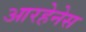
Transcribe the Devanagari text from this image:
आरहेनेस